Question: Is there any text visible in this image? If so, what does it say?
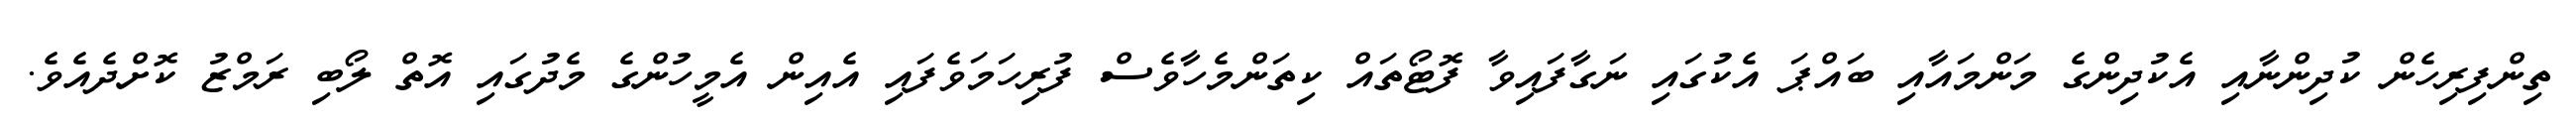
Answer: ތިންފިރިހެން ކުދިންނާއި އެކުދިންގެ މަންމައާއި ބައްޕަ އެކުގައި ނަގާފައިވާ ފޮޓޯތައް ކިތަންމެހާވެސް ފުރިހަމަވެފައި އެއިން އެމީހުންގެ މެދުގައި އޮތް ލޯބި ރަމްޒު ކޮށްދެއެވެ.